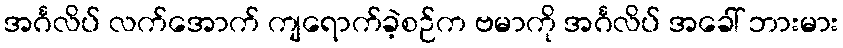
အင်္ဂလိပ် လက်အောက် ကျရောက်ခဲ့စဉ်က ဗမာကို အင်္ဂလိပ် အခေါ် ဘားမား